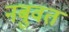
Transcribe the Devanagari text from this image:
नबुवत